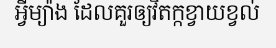
អ្វីម្យ៉ាង ដែលគួរឲ្យវិតក្កខ្វាយខ្វល់